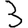
Digit: 3